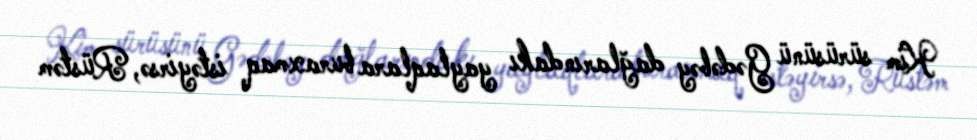
Kim sürüsünü Gədəbəy dağlarındakı yaylaqlara buraxmaq istəyirsə, Rüstəm